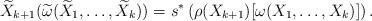
LaTeX: \begin{align*}\widetilde{X}_{k+1}(\widetilde{\omega}(\widetilde{X}_1,\dots, \widetilde{X}_k))=s^{\ast}\left(\rho(X_{k+1})[\omega(X_1,\dots, X_k)] \right).\end{align*}